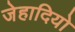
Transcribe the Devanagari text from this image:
जेहादियो